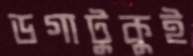
ডগাটুকুই